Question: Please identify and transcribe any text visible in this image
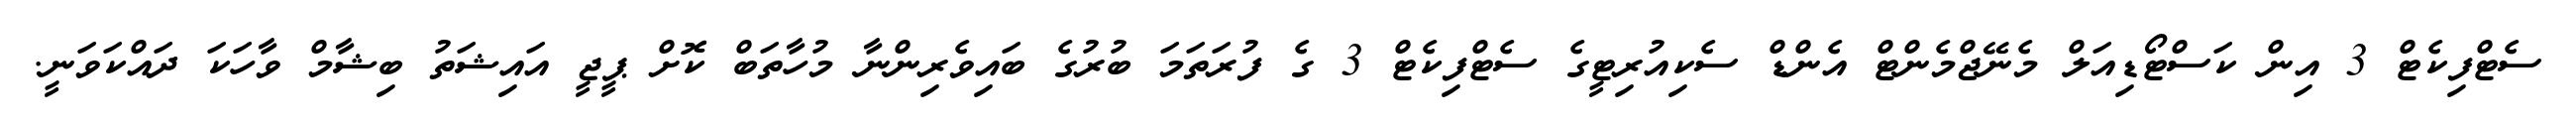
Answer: ސެޓްފިކެޓް 3 އިން ކަސްޓޯޑިއަލް މެނޭޖްމެންޓް އެންޑް ސެކިއުރިޓީގެ ސެޓްފިކެޓް 3 ގެ ފުރަތަމަ ބުރުގެ ބައިވެރިންނާ މުހާތަބް ކޮށް ޕީޖީ އައިޝަތު ބިޝާމް ވާހަކަ ދައްކަވަނީ.